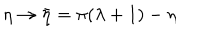
LaTeX: \eta \rightarrow \bar { \eta } = \pi ( \lambda + 1 ) - \eta